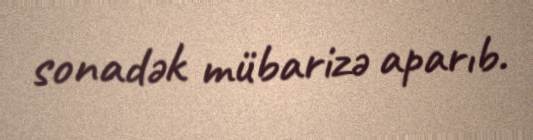
sonadək mübarizə aparıb.